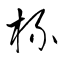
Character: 梳